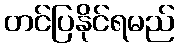
တင်ပြနိုင်ရမည်